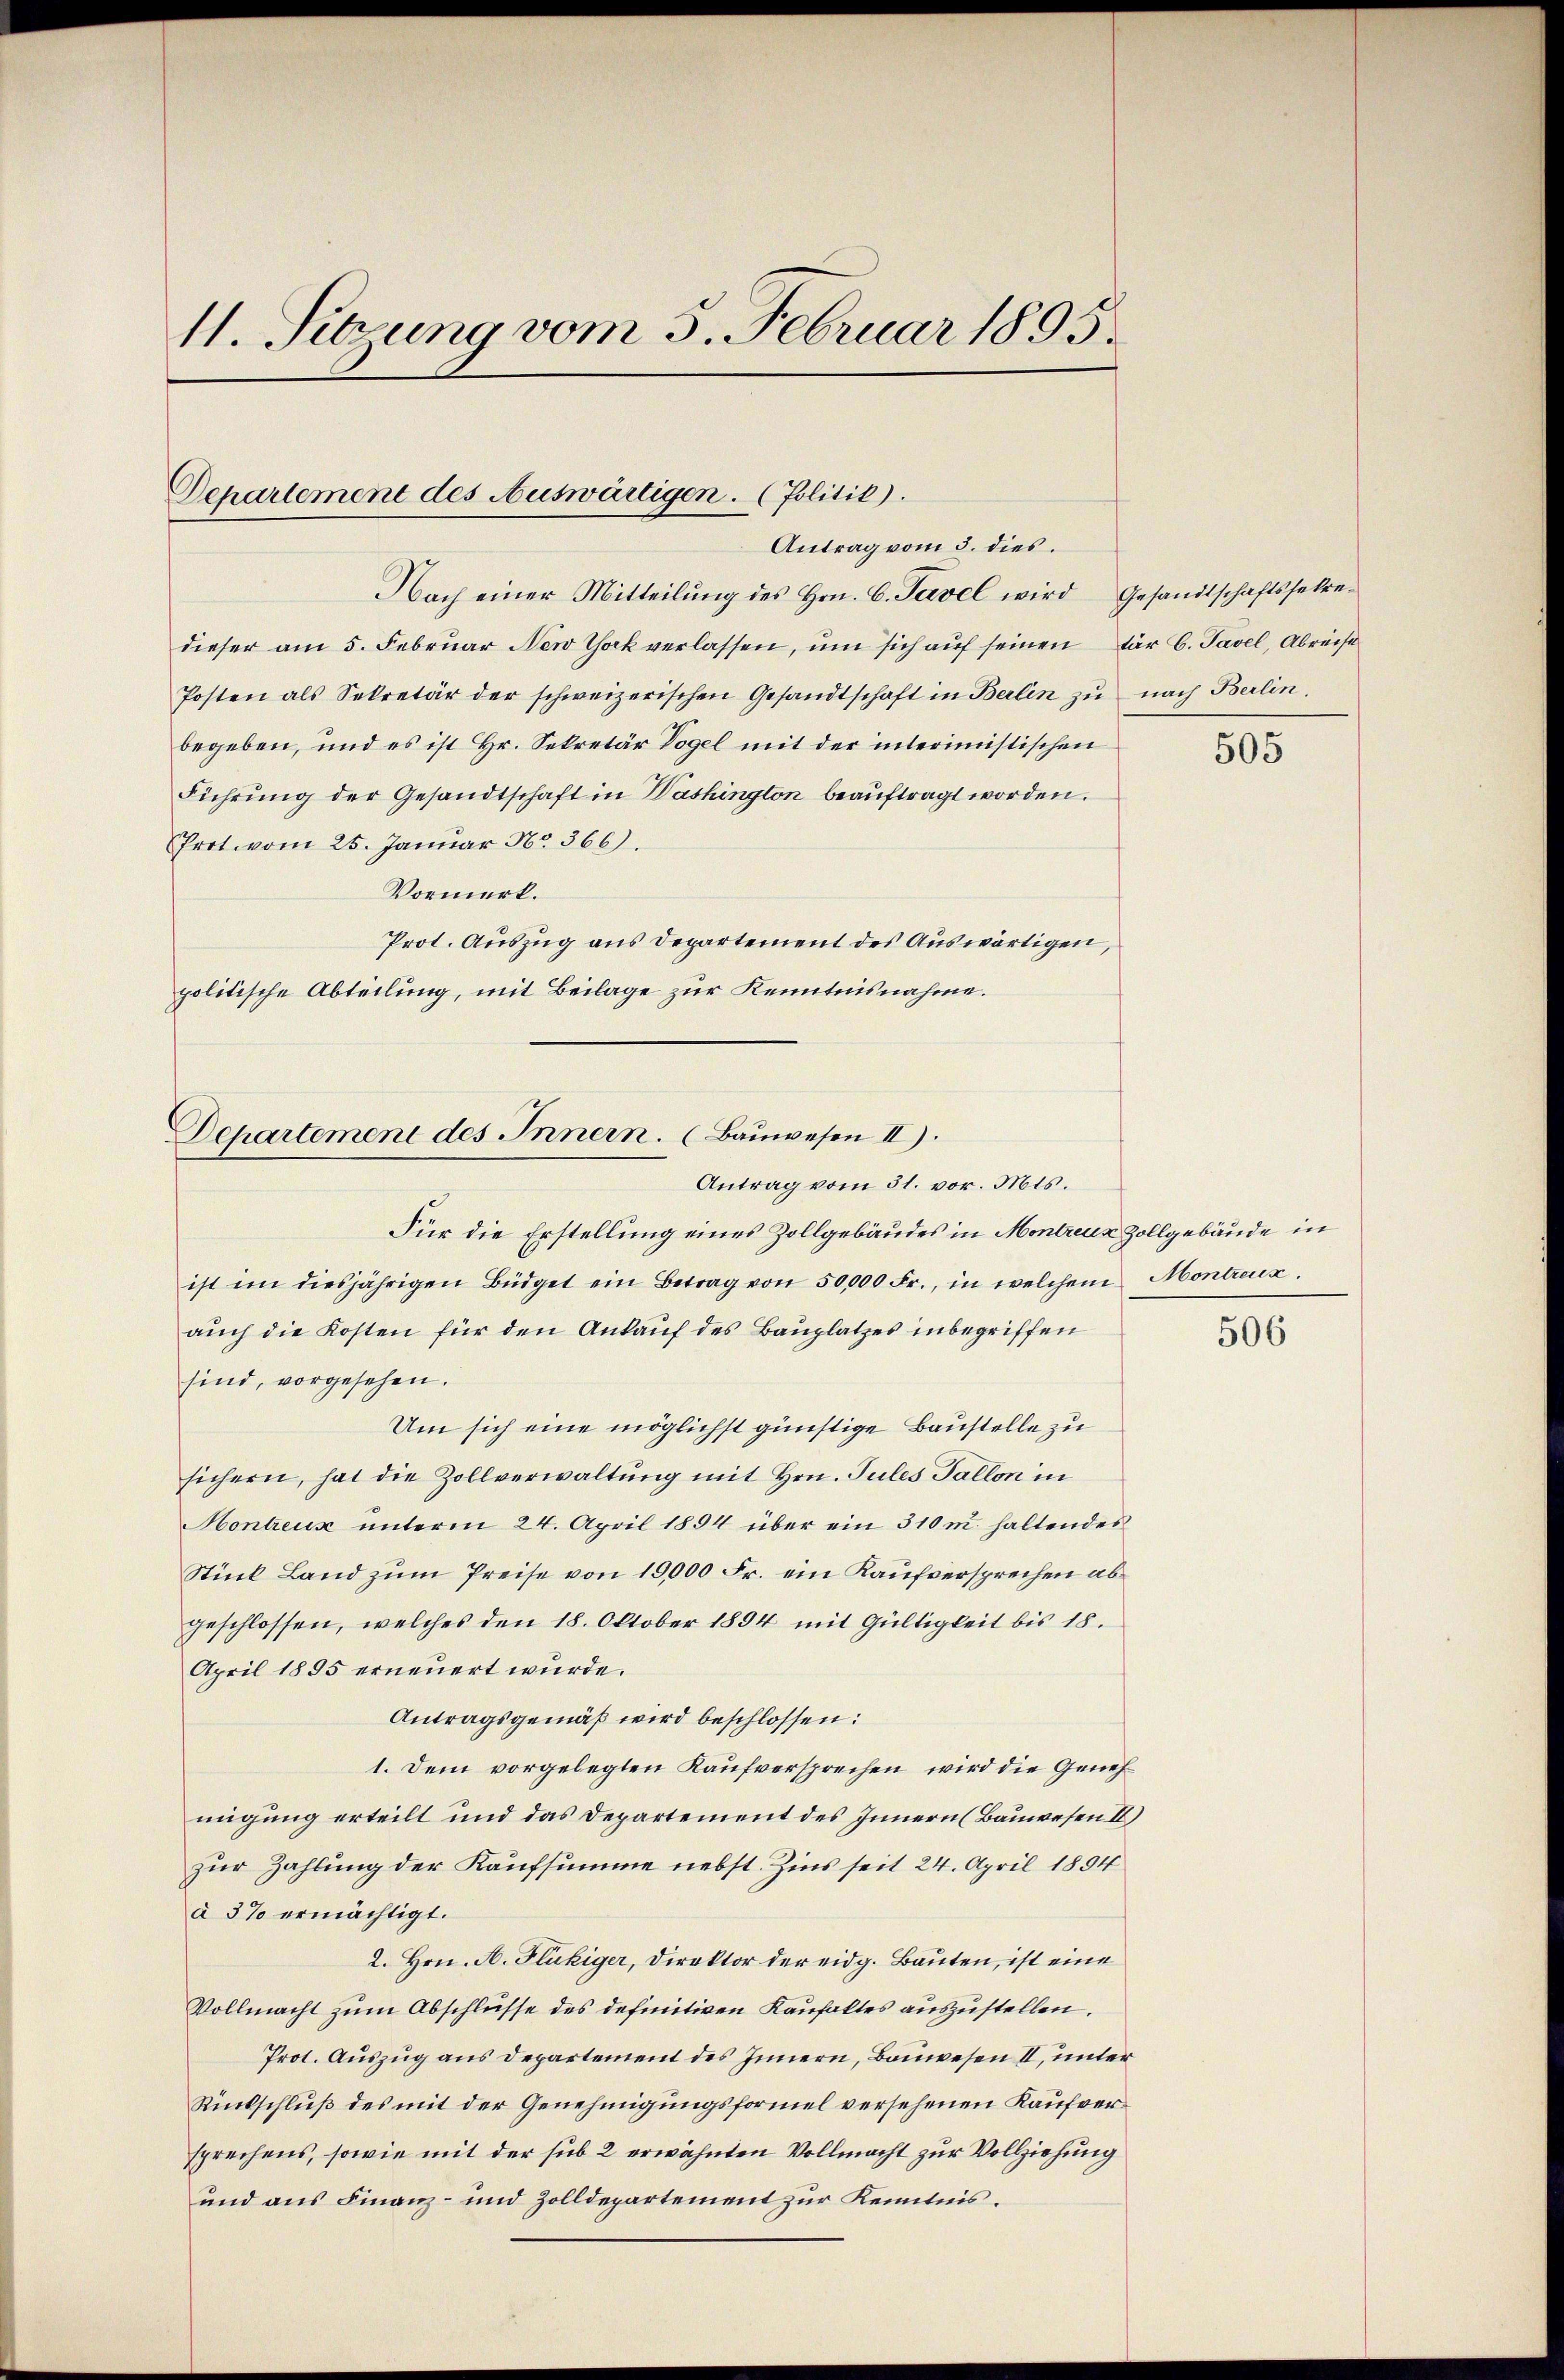
11. Sitzung vom 5. Februar 1895.

Departement des Auswärtigen. (Politik).
Antrag vom 3. dies.

Nach einer Mitteilŭng des Hrn. C. Tavel wird Gesandtschaftssekredieser am 5. Februar New Thak verlassen, um sich auf seinen für 6. Tavel, Abreise
Posten als Sekretär der schweizerischen Gesandtschaft in Berlin zŭ nach Berlin.
begeben, und es ist Hr. Sekretär Vogel mit der interimistischen
Führung der Gesandtschaft in Washington beauftragt worden.
Prot. vom 25. Januar No. 366.
Vormerk.
Prot. Auszug aus Departement des Auswärtigen,
politische Abteilung, mit Beilage zur Kenntnisnahme.

Departement des Innern. (Bauwesen II).
Antrag vom 31. vor. Mts.

Für die Erstellung eines Zollgebäudes in Montreux Zollgebäude in
ist im diesjährigen Büdget ein Betrag von 50,000 Fr., in welchem Montreux.
auch die Kosten für den Ankauf des Bauplatzes inbegriffen
sind, vorgesehen.
Um sich eine möglichst günstige Baustelle zu
sichern, hat die Zollverwaltung mit Hrn. Jules Tallon in
Hontreux unterm 24. April 1894 über ein 310 m. haltendes
Stück Land zŭm Preise von 19,000 Fr. ein Kaufversprechen ab
geschlossen, welches den 18. Oktober 1894 mit Gültigkeit bis 18.
April 1895 erneuert wurde.
Antragsgemäß wird beschlossen:
1. Dem vorgelegten Kaufversprechen wird die Genehmigung erteilt und das Departement des Innern (Bauwesen II)
zur Zahlung der Kaufsumme nebst Zins seit 24. April 1894
à 3% ermächtigt.
2. Hrn. A. Flückiger, Direktor der eidg. Bauten, ist eine
Vollmacht zum Abschlüsse des definitiven Kaufaltes auszustellen.
Prot. Auszug aus Departement des Innern, Bauwesen II, unter
Rückschluß des mit der Genehmigungsformel versehenen Kaufversprechens, sowie mit der sub 2 erwähnten Vollmacht zur Vollziehung
und aus Finanz- und Zolldepartement zur Kenntnis¬

505

506